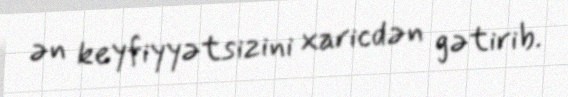
ən keyfiyyətsizini xaricdən gətirib.